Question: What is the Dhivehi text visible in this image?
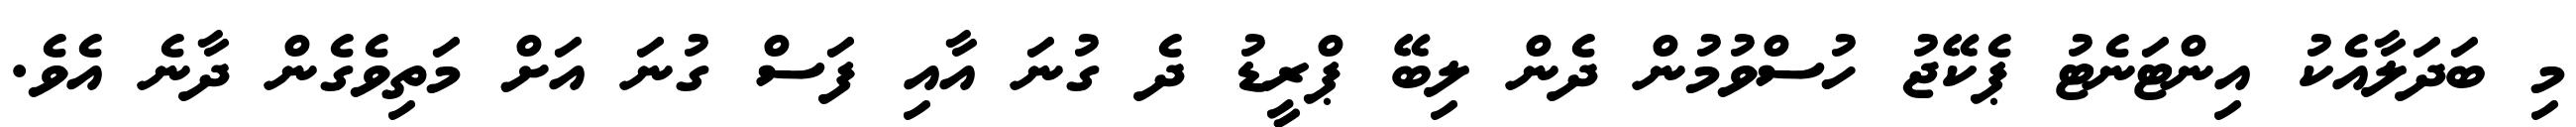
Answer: މި ބަދަލާއެކު އިންޓަނެޓު ޕެކޭޖު ހުސްވުމުން ދެން ލިބޭ ޕްރީޑު ދެ ގުނަ އާއި ފަސް ގުނަ އަށް މަތިވެގެން ދާނެ އެވެ.